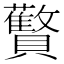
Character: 𬥱